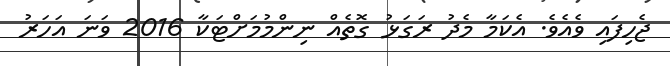
ޖެހިފައި ވެއެވެ. އެކަމާ މެދު ރަގަޅު ގޮތެއް ނިންމުމަށްޓަކާ 2016 ވަނަ އަހަރު